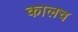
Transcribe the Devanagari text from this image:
कालच